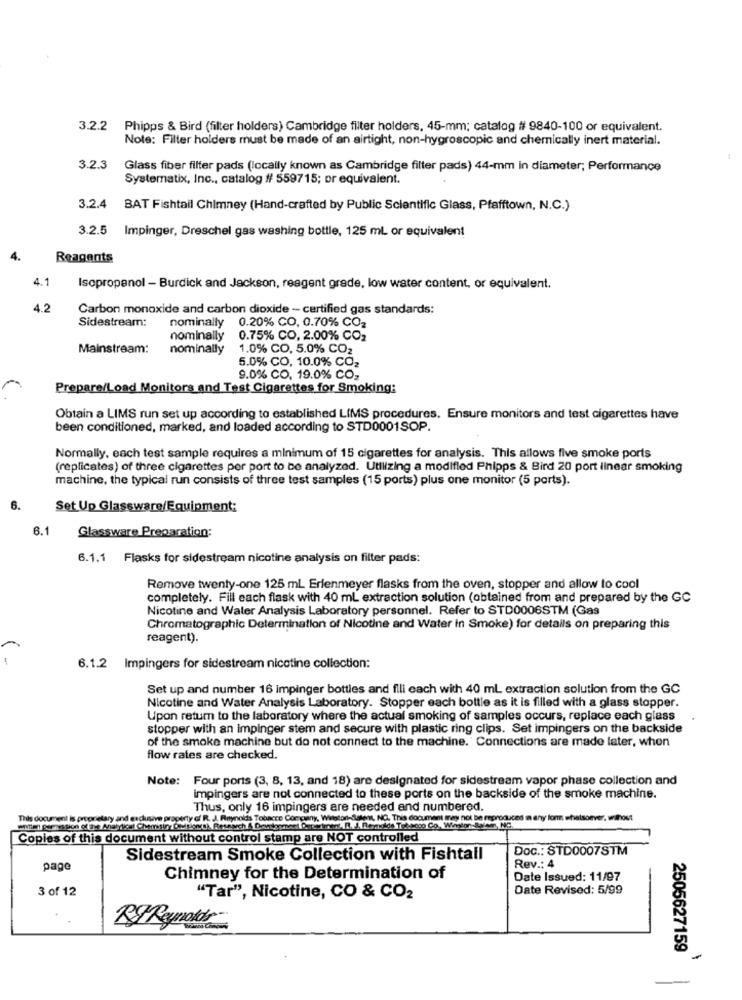
3.2.2
Phipps & Bird (filter holders) Cambridge filter holders, 45-mm; catalog # 9840-100 or equivalent.
Note: Filter holders must be made of an airtight, non-hygroscopic and chemically inert material.
3.2.3
Glass fiber filter pads (locally known as Cambridge filter pads) 44-mm in diameter; Performance
Systematix, Inc ., catalog # 559715; or equivalent.
3.2.4
BAT Fishtail Chimney (Hand-crafted by Public Scientific Glass, Pfafftown, N.C.)
3.2.5
Impinger, Dreschel gas washing bottle, 125 ml or equivalent
Reagents
4.1
Isopropanol - Burdick and Jackson, reagent grade, low water content, or equivalent.
4.2
Carbon monoxide and carbon dioxide - certified gas standards:
Sidestream:
nominally 0.20% CO, 0.70% CO2
nominally 0.75% CO, 2.00% CO2
Mainstream:
nominally
1.0% CO, 5.0% CO2
5.0% CO, 10.0% CO2
9.0% CO. 19.0% CO2
Prepare/Load Monitors and Test Cigarettes for Smoking:
Obtain a LIMS run set up according to established LIMS procedures. Ensure monitors and test cigarettes have
been conditioned, marked, and loaded according to STD0001SOP.
Normally, each test sample requires a minimum of 15 cigarettes for analysis. This allows five smoke ports
(replicates) of three cigarettes per port to be analyzed. Utilizing a modified Phipps & Bird 20 port linear smoking
machine, the typical run consists of three test samples (15 ports) plus one monitor (5 ports).
Set Up Glassware/Equipment:
6.1
Glassware Preparation:
6.1.1 Flasks for sidestream nicotine analysis on filter pads:
Remove twenty-one 125 ml Erlenmeyer flasks from the oven, stopper and allow to cool
completely. Fill each flask with 40 mL extraction solution (obtained from and prepared by the GC
Nicotine and Water Analysis Laboratory personnel. Refer to STD0006STM (Gas
Chromatographic Determination of Nicotine and Water in Smoke) for details on preparing this
reagent).
6.1.2 Impingers for sidestream nicotine collection:
Set up and number 16 impinger bottles and flli each with 40 mL extraction solution from the GC
Nicotine and Water Analysis Laboratory. Stopper each bottle as it is filled with a glass stopper.
Upon retum to the laboratory where the actual smoking of samples occurs, replace each glass
stopper with an impinger stem and secure with plastic ring clips. Set impingers on the backside
of the smoke machine but do not connect to the machine.' Connections are made later, when
flow rates are checked.
Note: Four ports (3, 8, 13, and 18) are designated for sidestream vapor phase collection and
impingers are not connected to these ports on the backside of the smoke machine.
Thus, only 16 impingers are needed and numbered.
esclusive property of R. J. Reynolds Tobacco Company, Winston-Salem, NO. This document may not be reproduced in any form whatsoever, without
Copies of this document without control stamp are NOT controlled
Doc .: STD0007STM
Sidestream Smoke Collection with Fishtail
page
Rev .: 4
Chimney for the Determination of
Date Issued: 11/97
3 of 12
Date Revised: 5/99
"Tar", Nicotine, CO & CO2
BIRynolds
2505627159